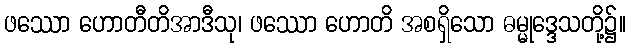
ဖဿော ဟောတီတိအာဒီသု၊ ဖဿော ဟောတိ အစရှိသော ဓမ္မုဒ္ဒေသတို့၌။